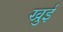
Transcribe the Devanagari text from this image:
खुई